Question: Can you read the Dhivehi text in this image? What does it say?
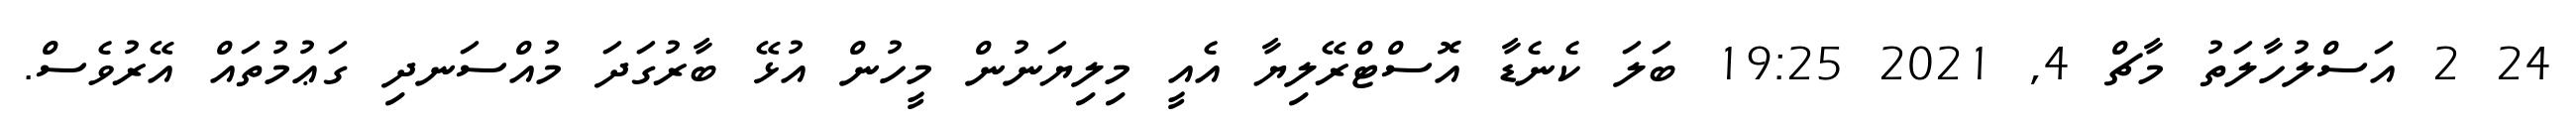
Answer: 24 2 އަސްލުހާލަތު މާޗް 4, 2021 19:25 ބަލަ ކެނެޑާ އޮސްޓްރޭލިޔާ އެއީ މިލިޔަނުން މީހުން އުޅޭ ބާރުގަދަ މުއްސަނދި ގަޢުމުތައް އޭރުވެސް.